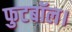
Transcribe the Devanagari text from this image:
फुटबॉल।